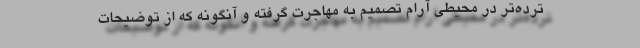
ترده‌تر در محیطی آرام تصمیم به مهاجرت گرفته و آنگونه که از توضیحات